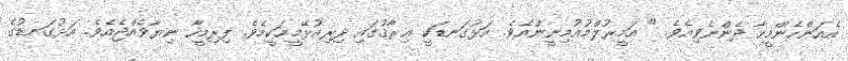
އެއަންހެންމީހާ ދެންނެވިއެވެ. " އަމީރުލްމުއުމިނީންއެވެ. އަޅުގަނޑަކީ ޢިރާޤުގައި ދިރިއުޅޭމީހަކީމެވެ. ފިރިމީހާ ނިޔާވެއްޖެއެވެ. އަޅުގަނޑުގެ